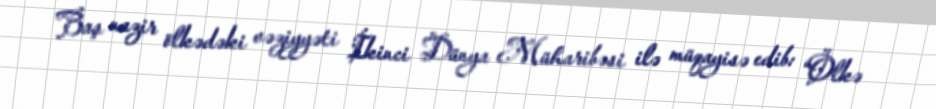
Baş nazir ölkədəki vəziyyəti İkinci Dünya Müharibəsi ilə müqayisə edib: “Ölkə